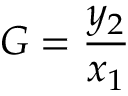
G = { \frac { y _ { 2 } } { x _ { 1 } } }